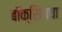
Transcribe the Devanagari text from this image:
बॉक्सिंगचा